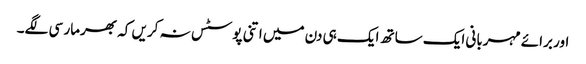
اور برائے مہربانی ایک ساتھ ایک ہی دن میں اتنی پوسٹس نہ کریں کہ بھرمار سی لگے۔